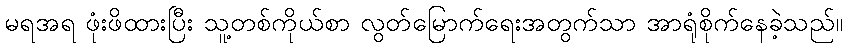
မရအရ ဖုံးဖိထားပြီး သူ့တစ်ကိုယ်စာ လွတ်မြောက်ရေးအတွက်သာ အာရုံစိုက်နေခဲ့သည်။